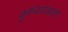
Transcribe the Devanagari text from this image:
कुरुंदवाडाला